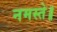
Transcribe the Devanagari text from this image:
नमस्ते॥